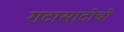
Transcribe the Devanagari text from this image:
गटासाठीची